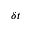
\delta t